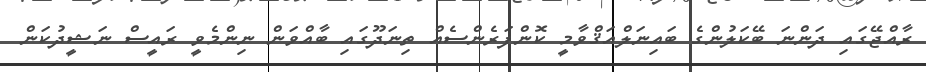
ރާއްޖޭގައި ދަންނަ ބޭކަލުންގެ ބައިނަލްއަޤްވާމީ ކޮންފަރެންސެއް ތިނަދޫގައި ބާއްވަން ނިންމެވީ ރައީސް ނަޝީދުކަން